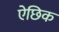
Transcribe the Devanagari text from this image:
ऐछिक